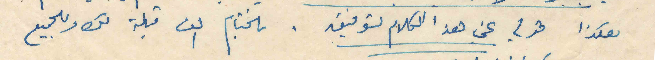
هكذا قولي عني هذا الكلام لتوفيق . بالختام الف قبلة لك وللجميع